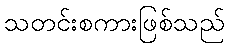
သတင်းစကားဖြစ်သည်